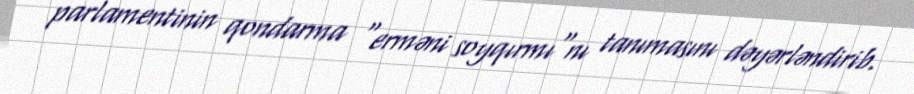
parlamentinin qondarma "erməni soyqırmı"nı tanımasını dəyərləndirib.